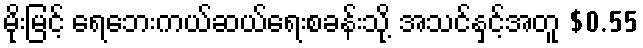
မိုးမြင့် ရေဘေးကယ်ဆယ်ရေးစခန်းသို့ အသင်နှင့်အတူ $0.55